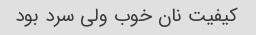
کیفیت نان خوب ولی سرد بود